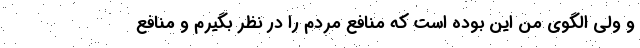
و ولی الگوی من این بوده است که منافع مردم را در نظر بگیرم و منافع